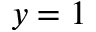
y = 1